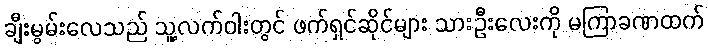
ချီးမွမ်းလေသည် သူ့လက်ဝါးတွင် ဖက်ရှင်ဆိုင်များ သားဦးလေးကို မကြာခဏထက်